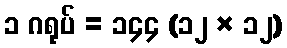
၁ ဂရုပ် = ၁၄၄ (၁၂ × ၁၂)